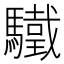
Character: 驖